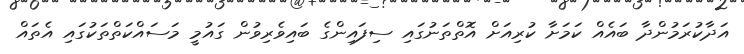
އަދާކުރަމުންދާ ބައެއް ކަމަށާ ކުރިއަށް އޮތްތަނުގައި ސިފައިންގެ ބައިވެރިވުން ގައުމީ މަަސައްކަތްތަކުގައި އެތައް